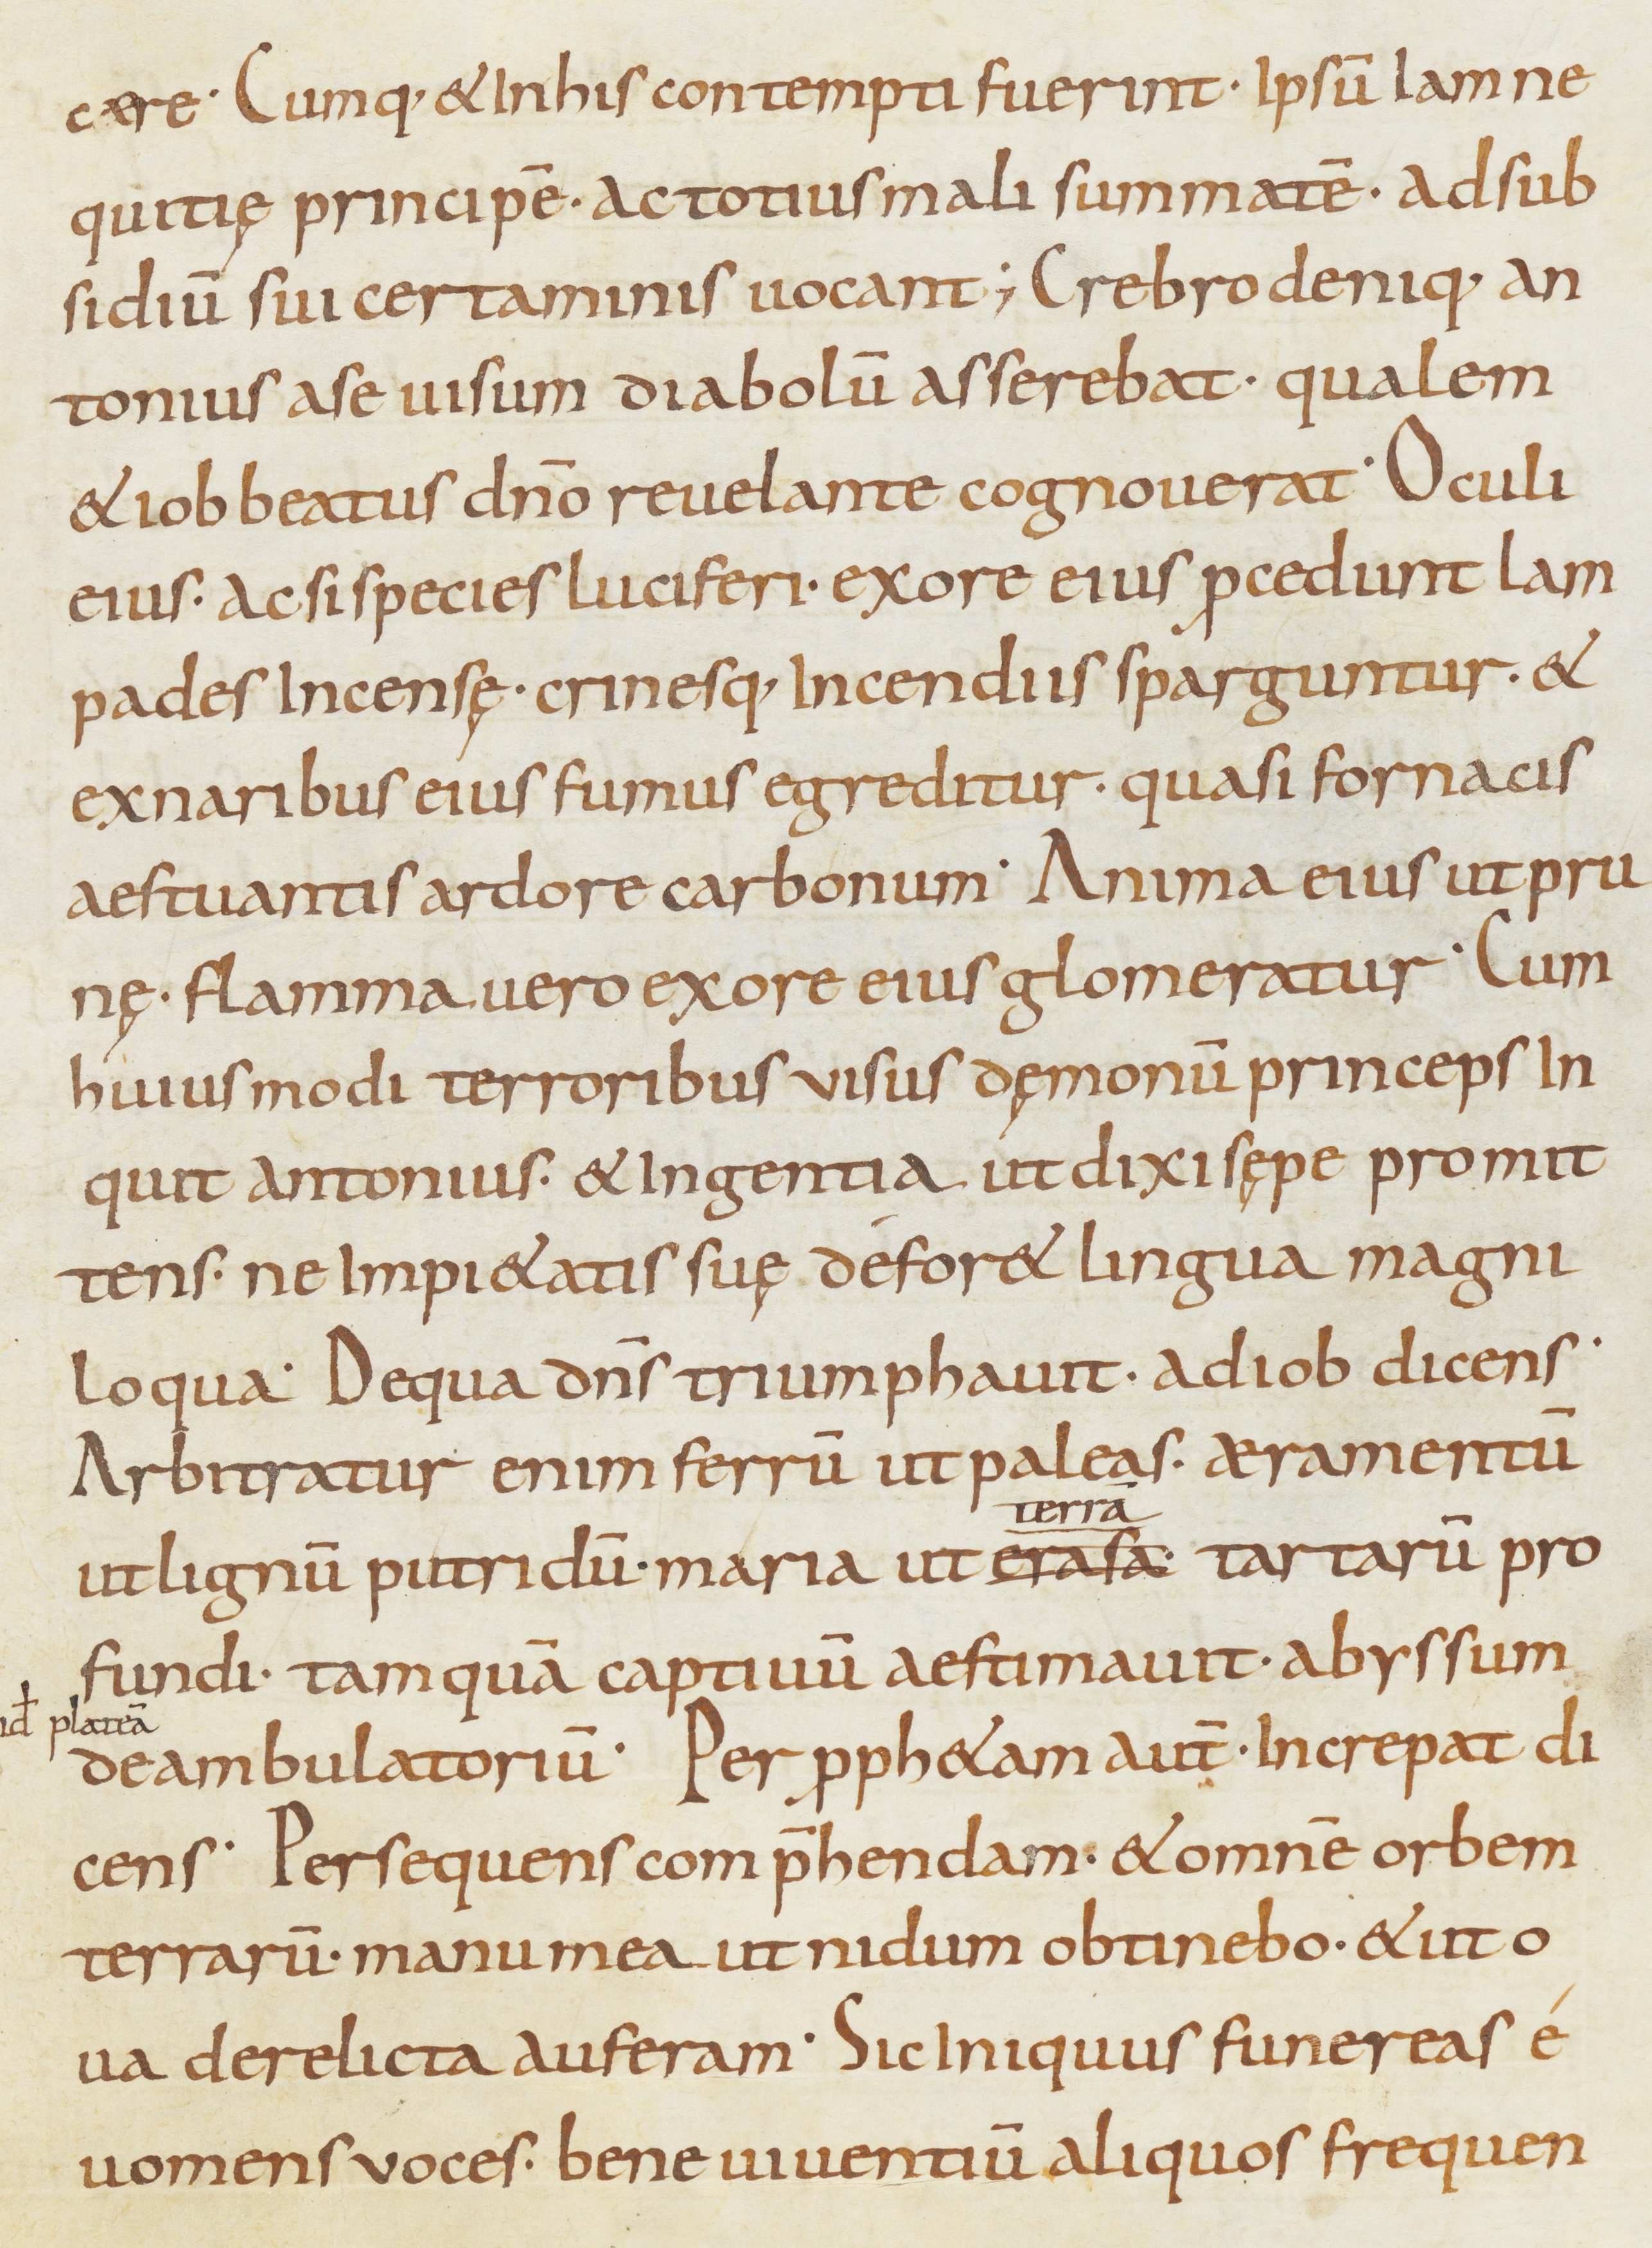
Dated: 800–899